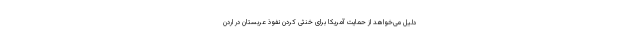
دلیل می‌خواهد از حمایت آمریکا برای خنثی کردن نفوذ عربستان در اردن